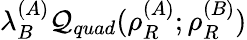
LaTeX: \lambda_{B}^{(A)}\mathcal{Q}_{quad}(\rho_{R}^{(A)};\rho_{R}^{(B)})